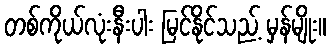
တစ်ကိုယ်လုံးနီးပါး မြင်နိုင်သည့် မှန်မျိုး။